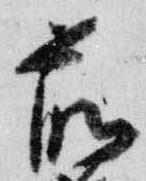
前